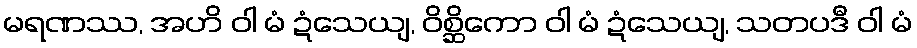
မရဏဿ, အဟိ ဝါ မံ ဍံသေယျ, ဝိစ္ဆိကော ဝါ မံ ဍံသေယျ, သတပဒီ ဝါ မံ